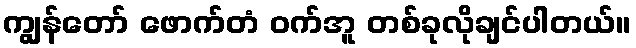
ကျွန်တော် ဖောက်တံ ဝက်အူ တစ်ခုလိုချင်ပါတယ်။